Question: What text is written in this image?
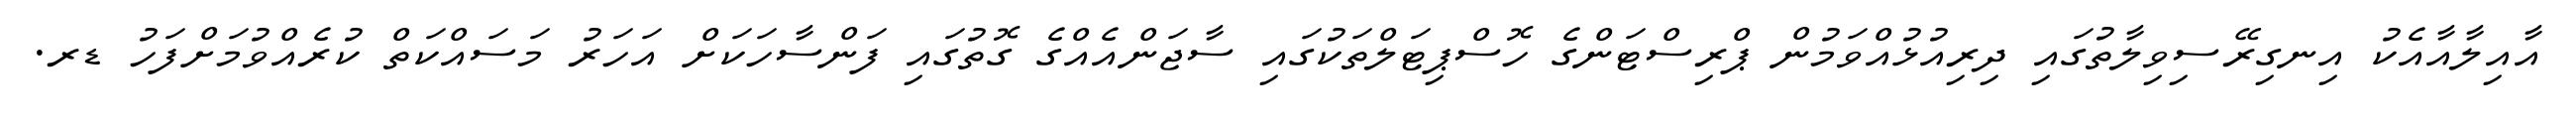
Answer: އާއިލާއާއެކު އިނގިރޭސިވިލާތުގައި ދިރިއުޅުއްވަމުން ޕްރިސްޓަންގެ ހޮސްޕިޓަލްތަކުގައި ސާޖަންއެއްގެ ގޮތުގައި ފަންސާހަކަށް އަހަރު މަސައްކަތް ކުރެއްވުމަށްފަހު ޑރ.